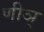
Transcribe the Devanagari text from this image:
णीञ्